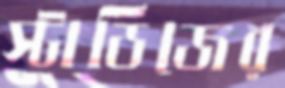
স্টাডিজের